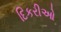
દિકરીઓ